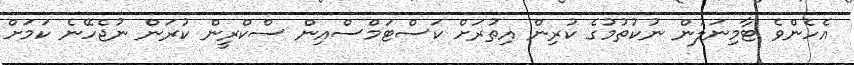
އެހެންވެ ޓާމިނަލުން ނުކުތުމުގެ ކުރިން އިތުރަށް ކަސްޓަމްސްއިން ސްކްރީން ކުރަން ނުޖެހޭނެ ކަމަށް